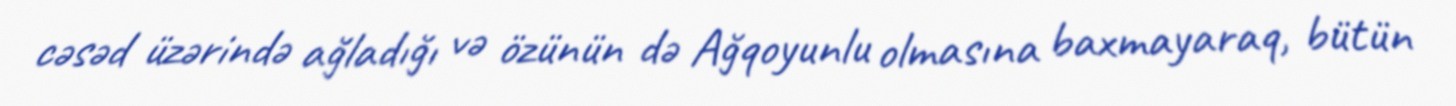
cəsəd üzərində ağladığı və özünün də Ağqoyunlu olmasına baxmayaraq, bütün